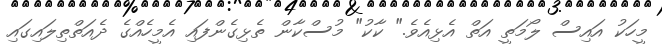
މީހަކު އައިސް ލޯމަތީ އަތް އެޅިއެވެ." ކާކު" މުސްކާން ތެޅިގެންފައި އެމީހެއްގެ ދެއަތްތިލައިގައި